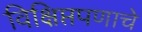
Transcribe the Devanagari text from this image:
विक्षिप्तपणाचे